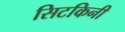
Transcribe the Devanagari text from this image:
सिटकिनी